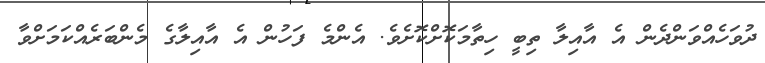
ދުވަހެެއްވަންދެން އެ އާއިލާ ތިބީ ހިތާމަކޮށްކޮށެވެ. އެންމެ ފަހުން އެ އާއިލާގެ މެންބަރެއްކަމަށްވާ